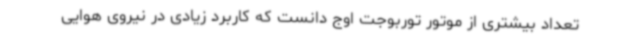
تعداد بیشتری از موتور توربوجت اوج دانست که کاربرد زیادی در نیروی هوایی